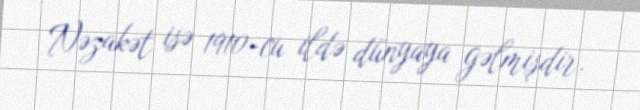
Nəzakət isə 1910-cu ildə dünyaya gəlmişdir.